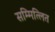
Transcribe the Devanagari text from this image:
सम्मित्लित